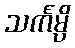
သင်္ကမ္ပိ